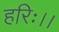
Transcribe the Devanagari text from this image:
हरिः।।